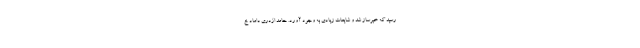
رسید که خبرساز شد و شایعات زیادی به وجود آورد. حامد اژدری داماد خ